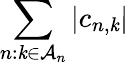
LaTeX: \sum_{n:\mathit{k}\in\mathcal{{A}}_{n}}|c_{n,\mathit{k}}|